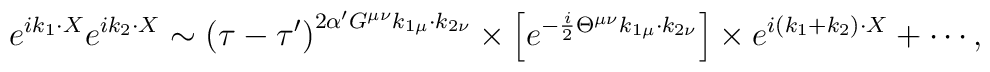
e^{ik_{1}\cdot X}e^{ik_{2}\cdot X}\sim \left( \tau -\tau '\right) ^{2\alpha 'G^{\mu \nu }k_{1\mu }\cdot k_{2\nu }}\times \left[ e^{-\frac{i}{2}\Theta ^{\mu \nu }k_{1\mu }\cdot k_{2\nu }}\right] \times e^{i\left( k_{1}+k_{2}\right) \cdot X}+\cdots ,